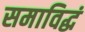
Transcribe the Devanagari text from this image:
समाविद्धं